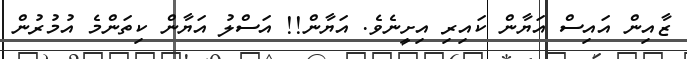
ޒާއިން އައިސް އަޔާން ކައިރި އިށީނެވެ. އަޔާން!! އަސްލު އަޔާން ކިތަންމެ އުމުރުން